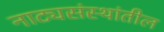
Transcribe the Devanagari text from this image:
नाट्यसंस्थांतील